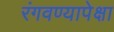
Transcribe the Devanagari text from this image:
रंगवण्यापेक्षा